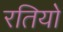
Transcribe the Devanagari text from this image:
रतियो